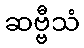
ဆဗ္ဗီသံ